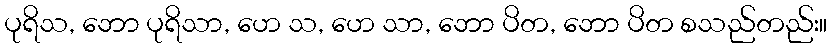
ပုရိသ, ဘော ပုရိသာ, ဟေ သ, ဟေ သာ, ဘော ပိတ, ဘော ပိတ စသည်တည်း။